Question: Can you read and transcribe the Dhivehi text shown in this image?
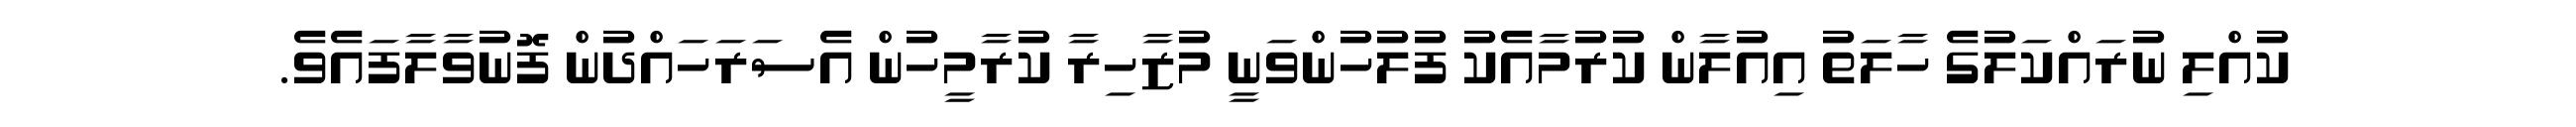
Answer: ކުއްލި ނުރައްކަލުގެ ހާލަތު އިއުލާން ކުރުމާއެކު ފުލުހުންވަނީ މުޒާހިރާ ކުރާމީހުން އެސަރަހައްދުން ފޮނުވާލާފައެވެ.